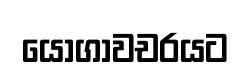
යෝගාවචරයට